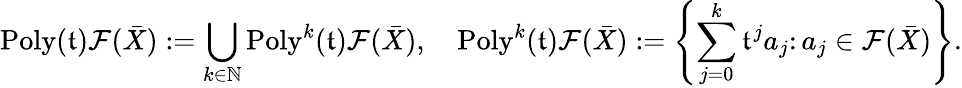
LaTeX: \mathrm{Poly}(\mathfrak{t})\mathcal{F}(\bar{X}):=\bigcup_{k\in\mathbb{N}}\mathrm{Poly}^{k}(\mathfrak{t})\mathcal{F}(\bar{X}),\quad\mathrm{Poly}^{k}(\mathfrak{t})\mathcal{F}(\bar{X}):=\left\{ \sum_{j=0}^{k}\mathfrak{t}^{j}a_{j}\colon a_{j}\in\mathcal{F}(\bar{X})\right\} .